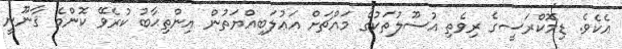
އެކެވެ. ޑިމޮކްރަސީގެ ރިވެތި އުސޫލުތަކުގެ މައްޗަށް އަޢުލަބިއްޔަތުން އިންތިޙާބު ކުރެވޭ ކޮންމެ ޤާނޫނީ